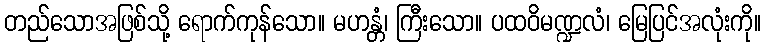
တည်သောအဖြစ်သို့ ရောက်ကုန်သော။ မဟန္တံ၊ ကြီးသော။ ပထဝိမဏ္ဍလံ၊ မြေပြင်အလုံးကို။